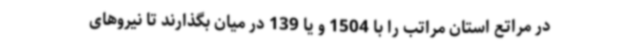
در مراتع استان مراتب را با 1504 و یا 139 در میان بگذارند تا نیروهای